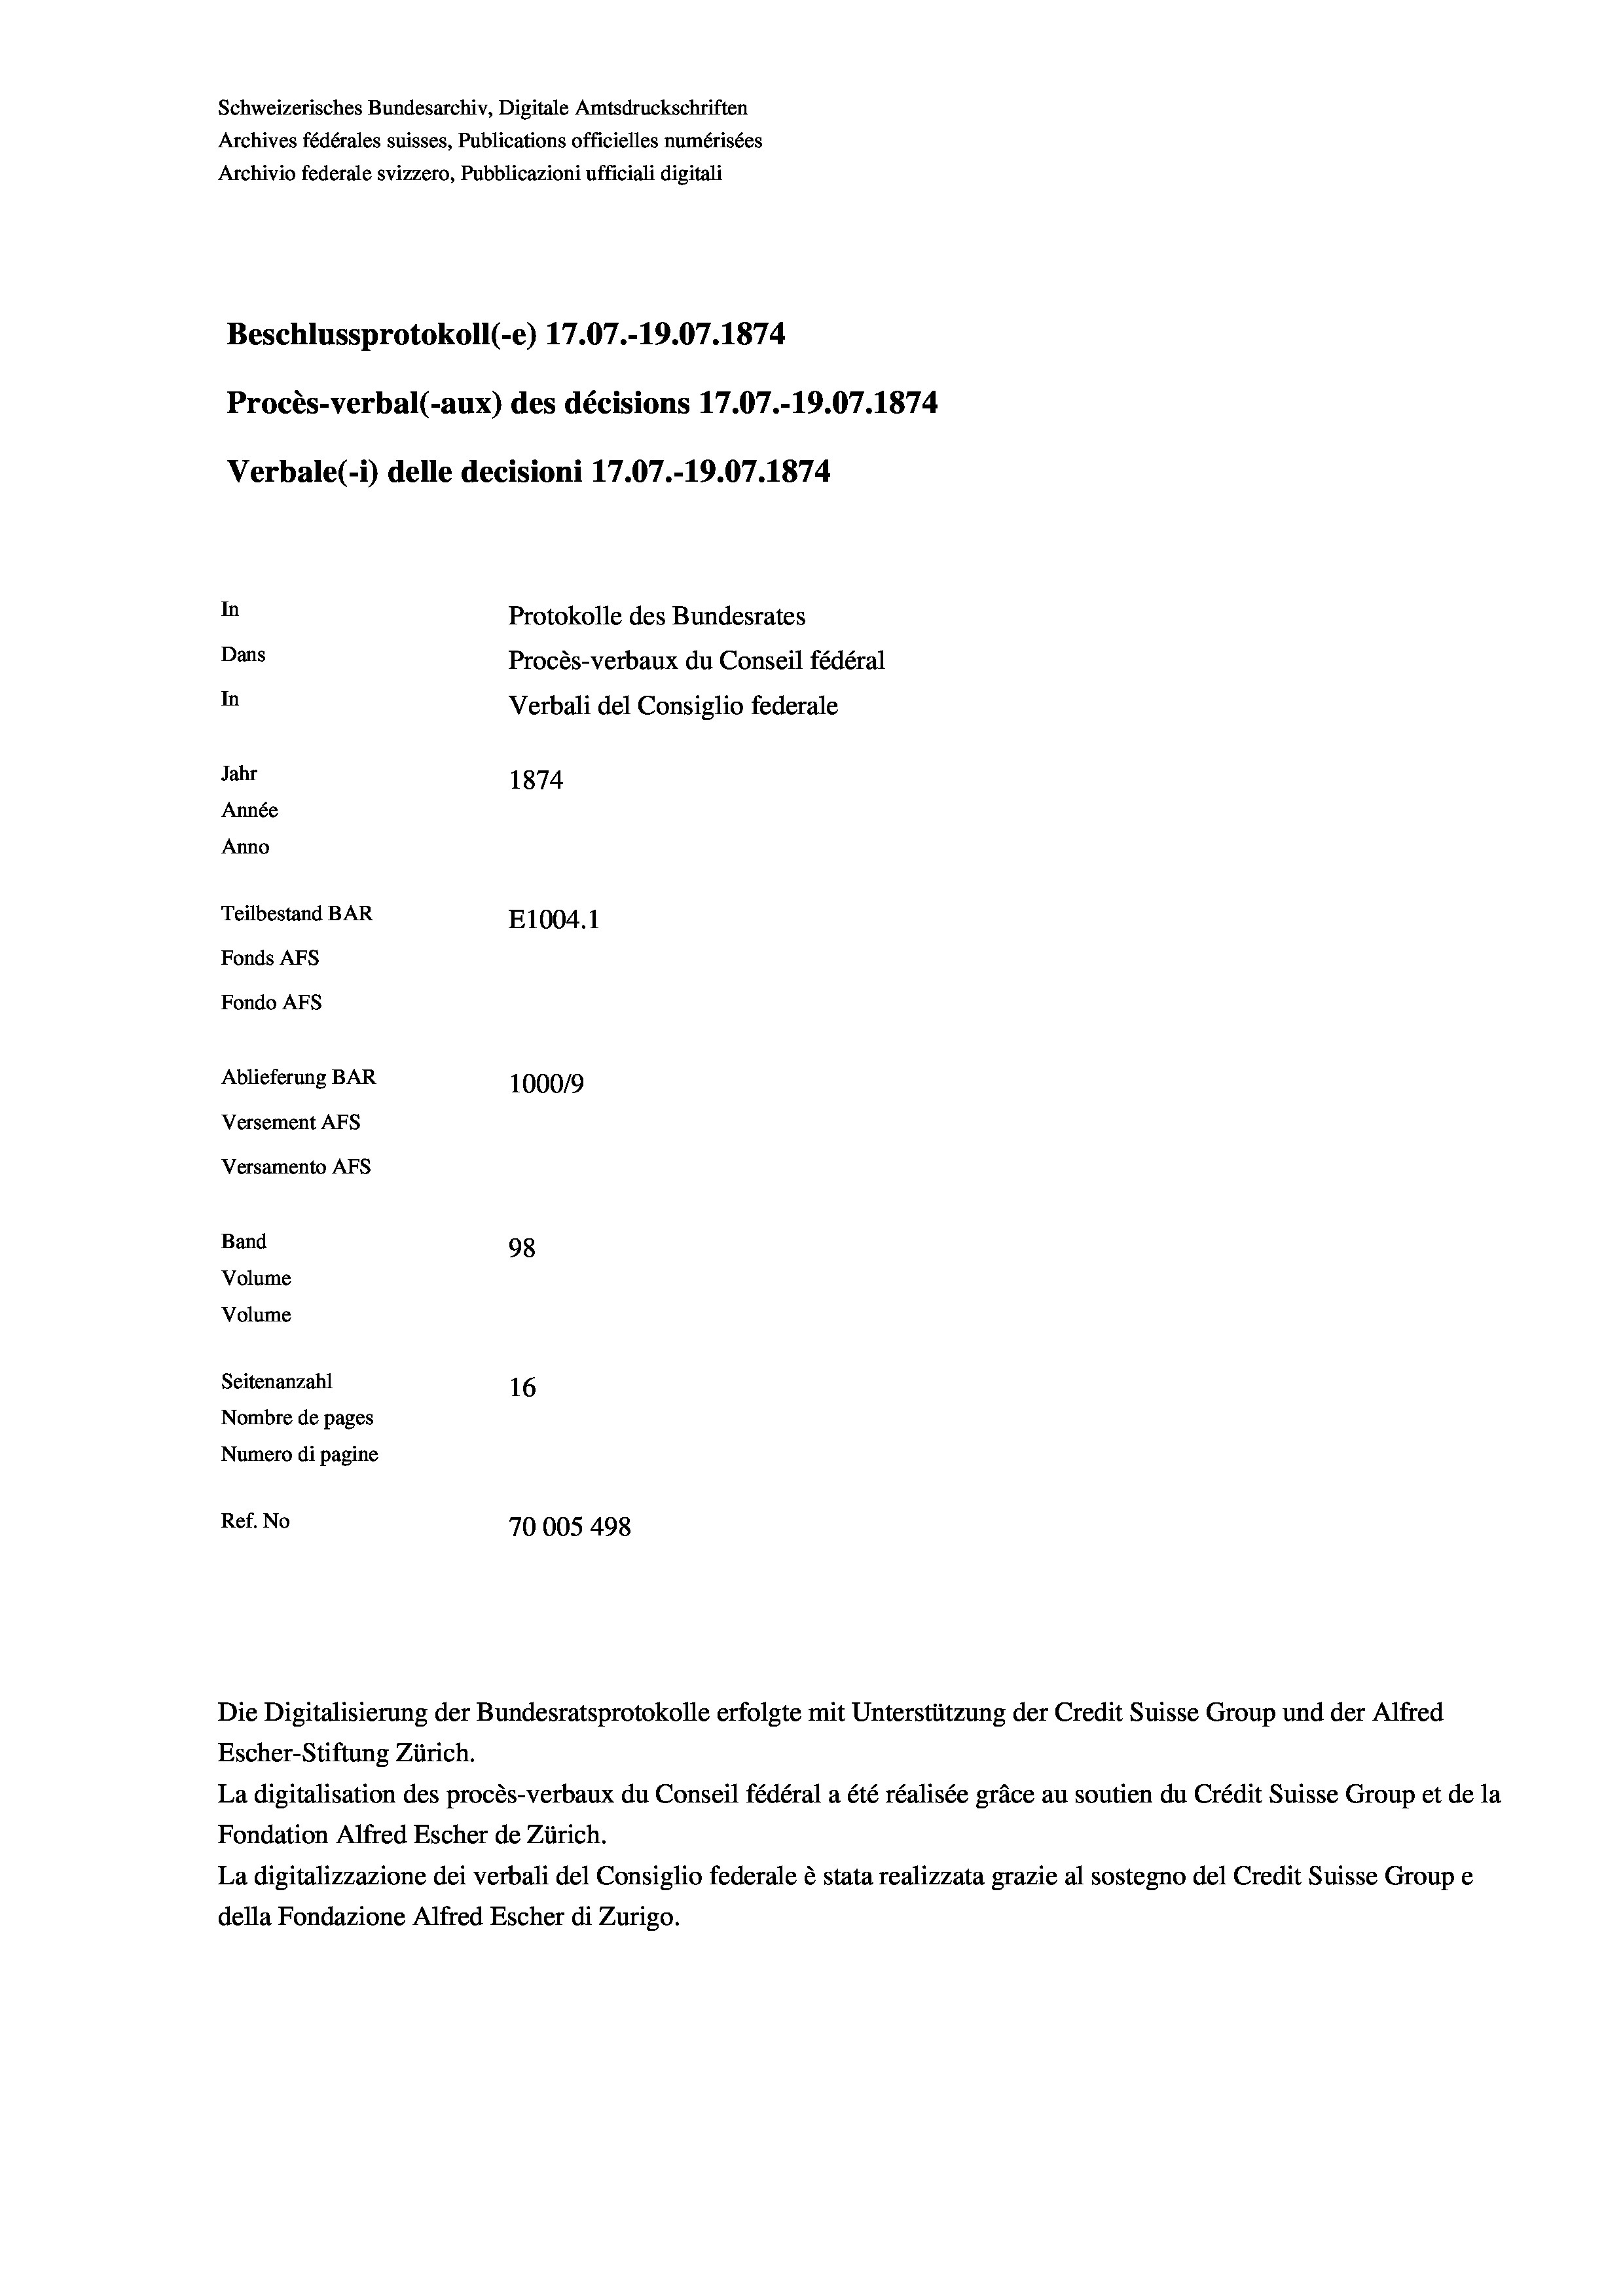
Schweizerisches Bundesarchiv, Digitale Amtsdruckschriften
Archives fédérales suisses, Publications officielles numérisées
Archivio federale svizzero, Pubblicazioni ufficiali digitali
Beschlussprotokoll (-e) 17.07.-19.07. 1874
Procès-verbal (-aux) des décisions 17.07.-19.07. 1874
Verbale (i) delle decisioni 17.07.-19.07. 1874
In
Protokolle des Bundesrates
Dans
Procès-verbaux du Conseil fédéral
In
Verbali del Consiglio federale
Jahr
1874
Année
Anno
Teilbestand BAR
E1004. 1
Fonds AFs
Fondo AFS
Ablieferung BAR
100019
Versement AFs
Versamento Afs
Band
98
Volume
Volume
Seitenanzahl
16
Nombre de pages
Numero di pagine
Ref. No
70005498

Die Digitalisierung der Bundesratsprotokolle erfolgte mit Unterstützung der Credit Suisse Group und der Alfred
Escher-Stiftung Zürich.
La digitalisation des procès-verbaux du Conseil fédéral a été réalisée gräce au soutien du Crédit Suisse Group et de la
Fondation Alfred Escher de Zürich.
La digitalizzazione dei verbali del Consiglio federale è stata realizzata grazie al sostegno del Credit Suisse Groupe
della Fondazione Alfred Escher di Zurigo.